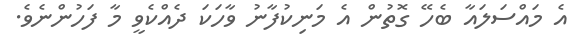
އެ މައްސަލައާ ބެހޭ ގޮތުން އެ މަނިކުފާނު ވާހަކަ ދެއްކެވީ މާ ފަހުންނެވެ.